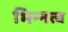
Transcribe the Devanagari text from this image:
भिन्‍नत्व